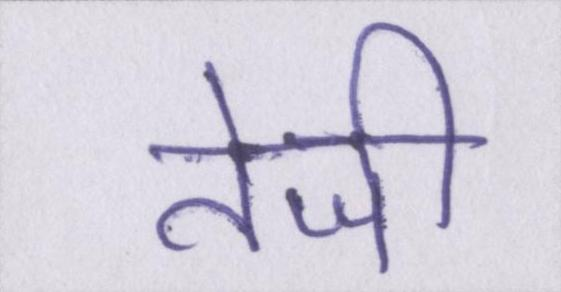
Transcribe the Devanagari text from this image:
तेजी